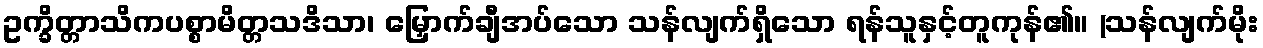
ဥက္ခိတ္တာသိကပစ္စာမိတ္တသဒိသာ၊ မြှောက်ချီအပ်သော သန်လျက်ရှိသော ရန်သူနှင့်တူကုန်၏။ (သန်လျက်မိုး